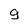
Character: 9